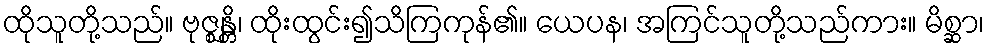
ထိုသူတို့သည်။ ဗုဇ္ဈန္တိ၊ ထိုးထွင်း၍သိကြကုန်၏။ ယေပန၊ အကြင်သူတို့သည်ကား။ မိစ္ဆာ၊